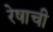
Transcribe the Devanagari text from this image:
रेषाची